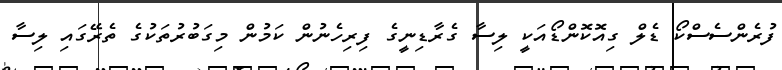
ފުރެންސެސްކޯ ޑެލް ގިއޮކޮންޑޯއަކީ ލިސާ ގެރާޑިނީގެ ފިރިހެނުން ކަމުން މިގަބުރުތަކުގެ ތެރޭގައި ލިސާ